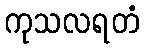
ကုသလရတံ